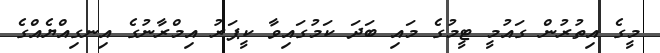
މީގެ އިތުރުން ގައުމީ ޓީމުގެ މައި ބަދަ ކަމުގައިވާ ކީޕަރު އިމްރާނުގެ އިނގިއްޔެއްގެ